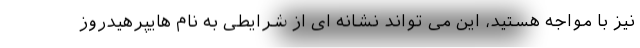
نیز با مواجه هستید، این می تواند نشانه ای از شرایطی به نام هایپرهیدروز